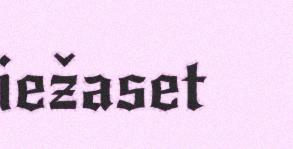
iežaset